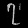
Digit: ၇